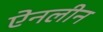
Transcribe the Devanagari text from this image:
ऐनलीन